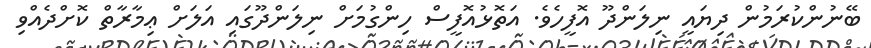
ބޭނުންކުރަމުން ދިޔައީ ނިލަންދޫ އޮފީހެވެ. އަތޮޅުއޮފީސް ހިންގުމަށް ނިލަންދޫގައި އަލަށް ޢިމާރާތް ކޮށްދެއްވި